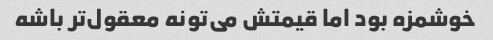
خوشمزه بود اما قیمتش می‌تونه معقول‌تر باشه